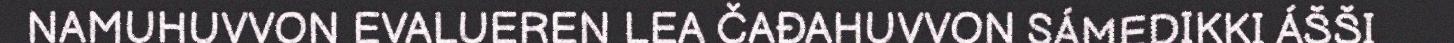
NAMUHUVVON EVALUEREN LEA ČAĐAHUVVON SÁMEDIKKI ÁŠŠI